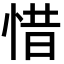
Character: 惜